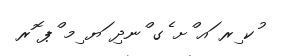
ުކ ިރ ައ ްށ ެގ ްނދި ަޔ ިމ ްޕ ޮރ